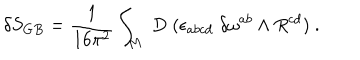
\delta S _ { G B } = { \frac { 1 } { 1 6 \pi ^ { 2 } } } \int _ { M } \; D \; ( \epsilon _ { a b c d } \; \delta \omega ^ { a b } \wedge R ^ { c d } ) \ .